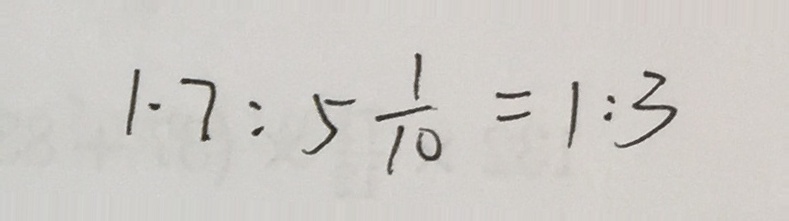
1 . 7 : 5 \frac { 1 } { 1 0 } = 1 : 3